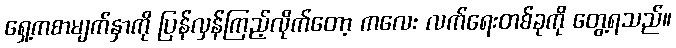
ရှေ့ကစာမျက်နှာကို ပြန်လှန်ကြည့်လိုက်တော့ ကလေး လက်ရေးတစ်ခုကို တွေ့ရသည်။